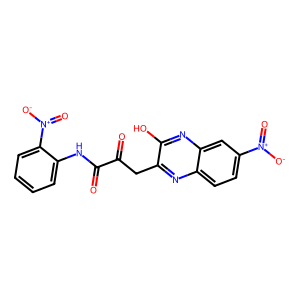
SMILES: O=C(Cc1nc2ccc([N+](=O)[O-])cc2nc1O)C(=O)Nc1ccccc1[N+](=O)[O-]
Inhibits HIV replication: No